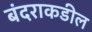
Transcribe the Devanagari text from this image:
बंदराकडील